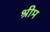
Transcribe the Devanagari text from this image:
श्रीम